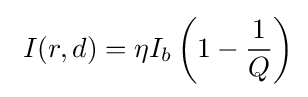
\ I(r,d)=\eta I_{b}\left(1-{\frac {1}{Q}}\right)